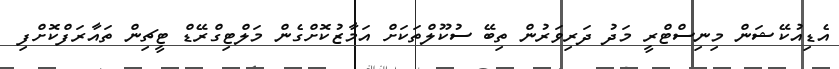
އެޑިއުކޭޝަން މިނިސްޓްރީ މަދު ދަރިވަރުން ތިބޭ ސުކޫލްތަކަށް އަމާޒުކޮށްގެން މަލްޓިގްރޭޑް ޓީޗިން ތައާރަފްކޮށްފި